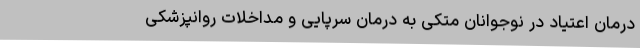
درمان اعتیاد در نوجوانان متکی به درمان سرپایی و مداخلات روانپزشکی